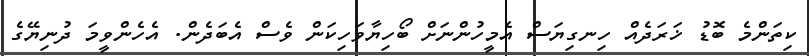
ކިތަންމެ ބޮޑު ޚަރަދެއް ހިނގިޔަސް އެމީހުންނަށް ބޯހިޔާވަހިކަން ވެސް އެބަދެން. އެހެންވީމަ ދުނިޔޭގެ